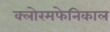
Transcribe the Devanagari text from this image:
क्लोरमफेनिकाल